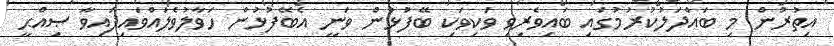
އިތުރުން މި ބައްދަލުކުރުމުގައި ބައިވެރިވި ވަކިވަކި ބޭފުޅުން ވަނީ އެބޭފުޅުން ހަވާލުވެލައްވައިފައިވާ ޞިއްޙީ